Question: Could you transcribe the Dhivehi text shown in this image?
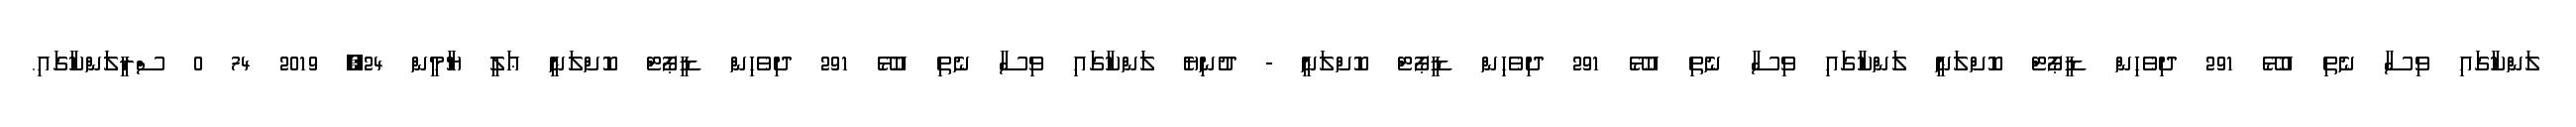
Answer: ލަންކާގައި ވިސާ ނެތި އުޅޭ 291 ދިވެހިން ޑީޕޯޓް ކޮށްލަނީ ލަންކާގައި ވިސާ ނެތި އުޅޭ 291 ދިވެހިން ޑީޕޯޓް ކޮށްލަނީ - ދުނިޔެ ލަންކާގައި ވިސާ ނެތި އުޅޭ 291 ދިވެހިން ޑީޕޯޓް ކޮށްލަނީ ޢަލީ ޔާމީން 24, 2019 74 0 ސްރީލަންކާގައި.